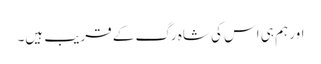
اور ہم ہی اس کی شاہ رگ کے قریب ہیں۔